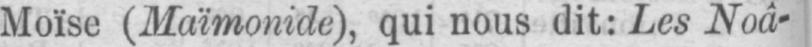
Moïse (Maïmonide), qui nous dit: Les Noâ-